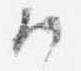
候